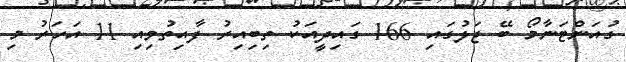
ގުއަންޓަނާމޯ ބޭ ޖަލުގައި 166 ގައިދީއަކު ތިބިއިރު ފާއިތުވިއި 11 އަހަރު މި